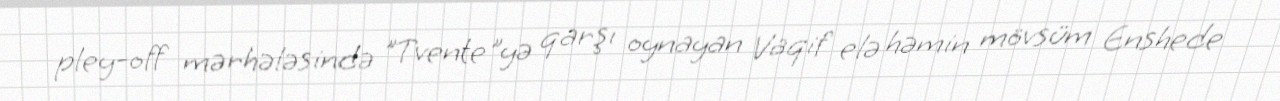
pley-off mərhələsində "Tvente"yə qarşı oynayan Vaqif elə həmin mövsüm Enshede